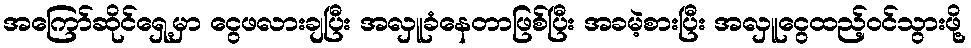
အကြော်ဆိုင်ရှေ့မှာ ငွေဖလားချပြီး အလှူခံနေတာဖြစ်ပြီး အခမဲ့စားပြီး အလှူငွေထည့်ဝင်သွားဖို့